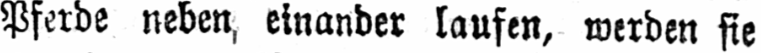
Pferde neben einander laufen, werden sie